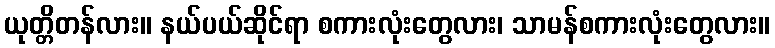
ယုတ္တိတန်လား။ နယ်ပယ်ဆိုင်ရာ စကားလုံးတွေလား၊ သာမန်စကားလုံးတွေလား။